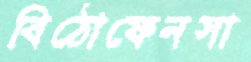
বিঠোফেনসা